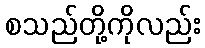
စသည်တို့ကိုလည်း